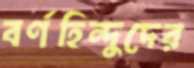
বর্ণহিন্দুদের